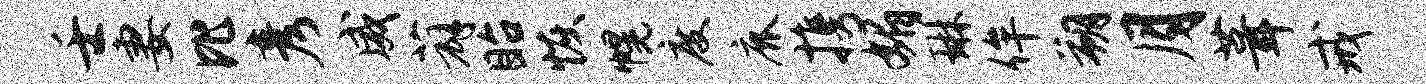
壬妻比彦威薜眙恢幌度鹿携媚琳侔朔月葺戒